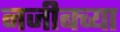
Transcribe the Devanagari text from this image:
नजीबच्या